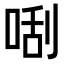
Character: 𠵯